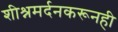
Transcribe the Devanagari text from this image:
शीश्नमर्दनकरूनही